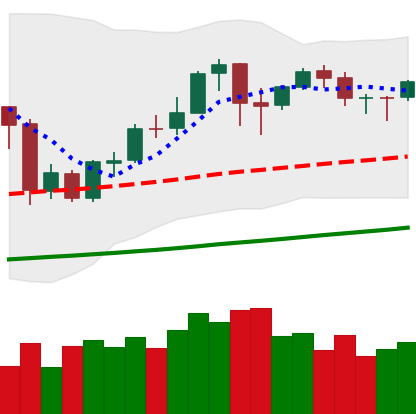
Ticker: BNB-USD
Chart end date: 2020-10-09
Forward return: 8.673%
Label: up_7plus